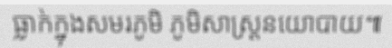
ធ្លាក់ក្នុងសមរភូមិ ភូមិសាស្ត្រនយោបាយ៕